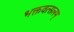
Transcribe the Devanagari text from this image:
भक्तवत्सलम्